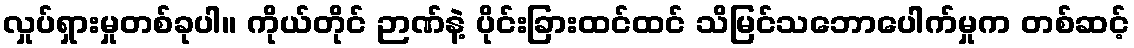
လှုပ်ရှားမှုတစ်ခုပါ။ ကိုယ်တိုင် ဉာဏ်နဲ့ ပိုင်းခြားထင်ထင် သိမြင်သဘောပေါက်မှုက တစ်ဆင့်